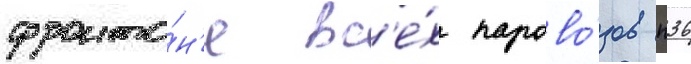
фронто́н'е вс'е́х парово́зов п36